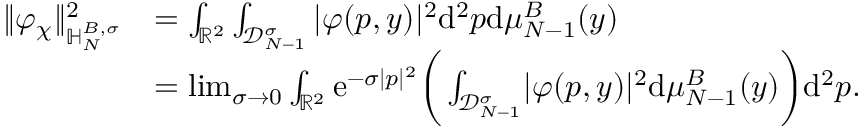
\begin{array} { r l } { \Vert \varphi _ { \chi } \Vert _ { { \mathbb H } _ { N } ^ { B , \sigma } } ^ { 2 } } & { = \int _ { \mathbb R ^ { 2 } } \int _ { \mathscr D _ { N - 1 } ^ { \sigma } } \vert \varphi ( p , y ) \vert ^ { 2 } \mathrm { d } ^ { 2 } p \mathrm { d } \mu _ { N - 1 } ^ { B } ( y ) } \\ & { = \operatorname* { l i m } _ { \sigma \to 0 } \int _ { \mathbb R ^ { 2 } } \mathrm { e } ^ { - \sigma | p | ^ { 2 } } \bigg ( \int _ { \mathscr D _ { N - 1 } ^ { \sigma } } \! \vert \varphi ( p , y ) \vert ^ { 2 } \mathrm { d } \mu _ { N - 1 } ^ { B } ( y ) \bigg ) \mathrm { d } ^ { 2 } p . } \end{array}